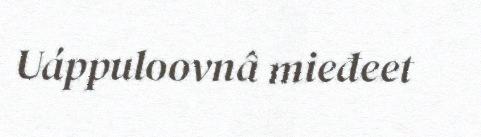
Uáppuloovnâ mieđeet